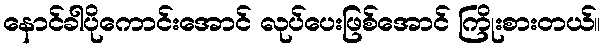
နောင်ခါပိုကောင်းအောင် လုပ်ပေးဖြစ်အောင် ကြိုးစားတယ်။